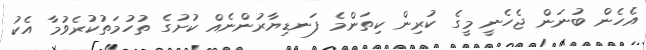
އެހެން ބުނަން ޖެހެނީ މީގެ ކުރިން ކިތަންމެ ފަނޑިޔާރުންނެއް ކުށުގެ ތުހުމަތުކުރެވުމާ އެކު